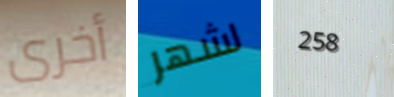
أخرى لشهر 258